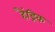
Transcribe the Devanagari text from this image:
हैंड्रिक